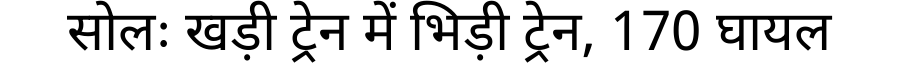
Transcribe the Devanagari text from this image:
सोलः खड़ी ट्रेन में भिड़ी ट्रेन, 170 घायल